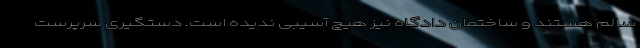
سالم هستند و ساختمان دادگاه نیز هیچ آسیبی ندیده است. دستگیری سرپرست